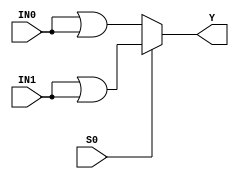
//------------------------------------------------------------
// Copyright 1992, 1993 Cascade Design Automation Corporation.
//------------------------------------------------------------
module newmux2(IN0,IN1,S0,Y);
  parameter N = 32;
  parameter DPFLAG = 1;
  parameter GROUP = "dpath1";
  parameter BUFFER_SIZE = "DEFAULT";
  parameter
        d_Y = 1;
  input [(N - 1):0] IN0;
  input [(N - 1):0] IN1;
  input  S0;
  output [(N - 1):0] Y;
  wire [(N - 1):0] IN0_temp;
  wire [(N - 1):0] IN1_temp;
  reg [(N - 1):0] Y_temp;
  reg [(N - 1):0] XX;
  assign IN0_temp = IN0|IN0;
  assign IN1_temp = IN1|IN1;
  assign #(d_Y) Y = Y_temp;
  /*
  initial
    XX = 128'bx;
  */
  always
    @(IN0_temp or IN1_temp or S0)
      begin
      if((S0 == 1'b0))
        Y_temp = IN0_temp;
      else      if((S0 == 1'b1))
        Y_temp = IN1_temp;
      else
        Y_temp = (((IN0_temp ^ IN1_temp) & XX) | IN0_temp);
      end
endmodule